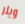
ويلر